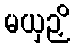
မယှဉှိ